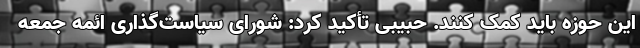
این حوزه باید کمک کنند. حبیبی تأکید کرد: شورای سیاست‌گذاری ائمه جمعه